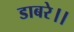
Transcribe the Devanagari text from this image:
डाबरे।।